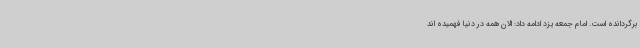
برگردانده است. امام جمعه یزد ادامه داد: الان همه در دنیا فهمیده اند